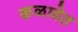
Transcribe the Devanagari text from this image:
कळावेत